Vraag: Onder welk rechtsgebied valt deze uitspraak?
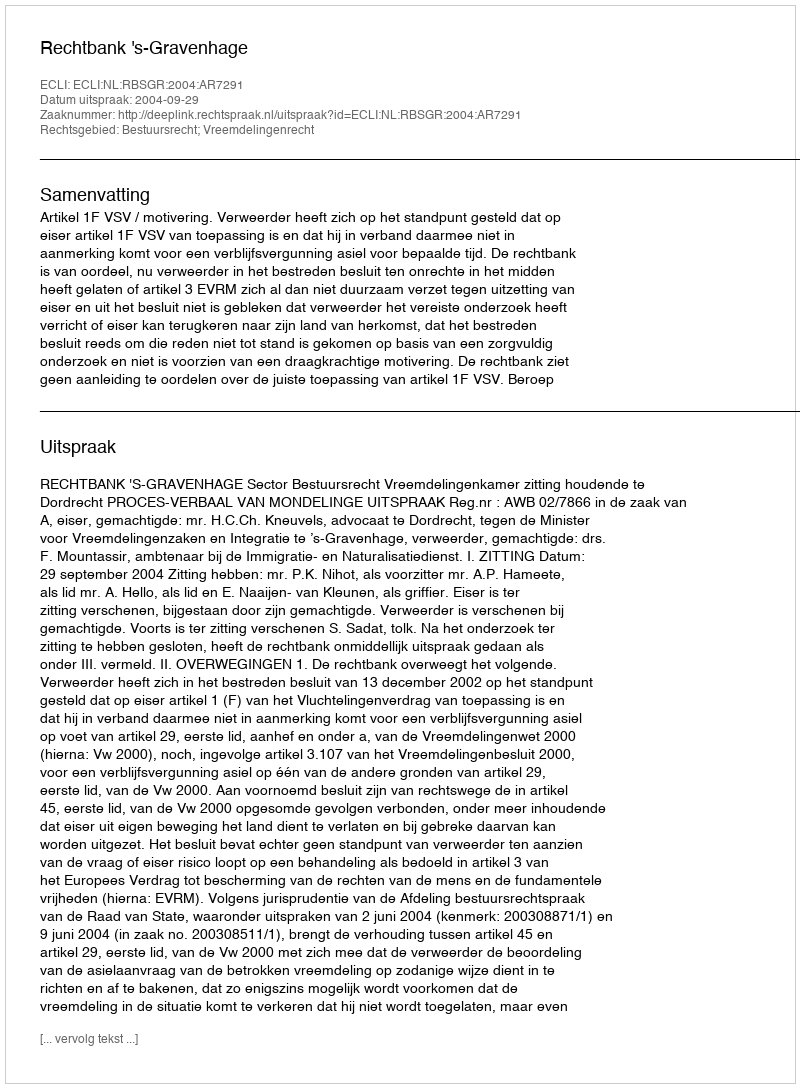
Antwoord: Bestuursrecht; Vreemdelingenrecht